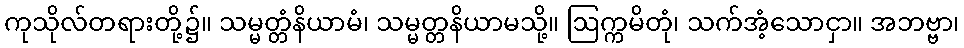
ကုသိုလ်တရားတို့၌။ သမ္မတ္တံနိယာမံ၊ သမ္မတ္တနိယာမသို့။ ဩက္ကမိတုံ၊ သက်အံ့သောငှာ။ အဘဗ္ဗာ၊